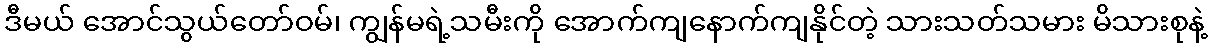
ဒီမယ် အောင်သွယ်တော်ဝမ်၊ ကျွန်မရဲ့သမီးကို အောက်ကျနောက်ကျနိုင်တဲ့ သားသတ်သမား မိသားစုနဲ့